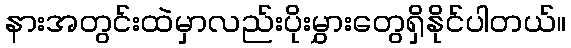
နားအတွင်းထဲမှာလည်းပိုးမွှားတွေရှိနိုင်ပါတယ်။